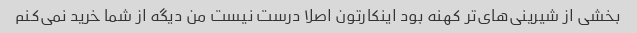
بخشی از شیرینی‌های‌تر کهنه بود اینکارتون اصلا درست نیست من دیگه از شما خرید نمی‌کنم